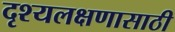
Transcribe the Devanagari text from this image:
दृश्यलक्षणासाठी